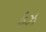
ફઝ